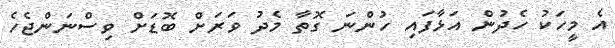
އެ މީހަކު ހެދުން އަޅާފައި ހުންނަ ގޮތާ މެދު ވަރަށް ބޮޑަށް ވިސްނަންޖެހެ